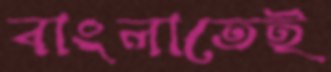
বাংলাতেই